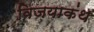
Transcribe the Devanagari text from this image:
विजयाकंथ